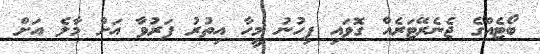
ބޯޓެއްގެ ޖެނެރޭޓަރެއް ގޮވައި ފިހުނު މީހާ އިތުރު ފަރުވާ އަށް މާލެ އަށް